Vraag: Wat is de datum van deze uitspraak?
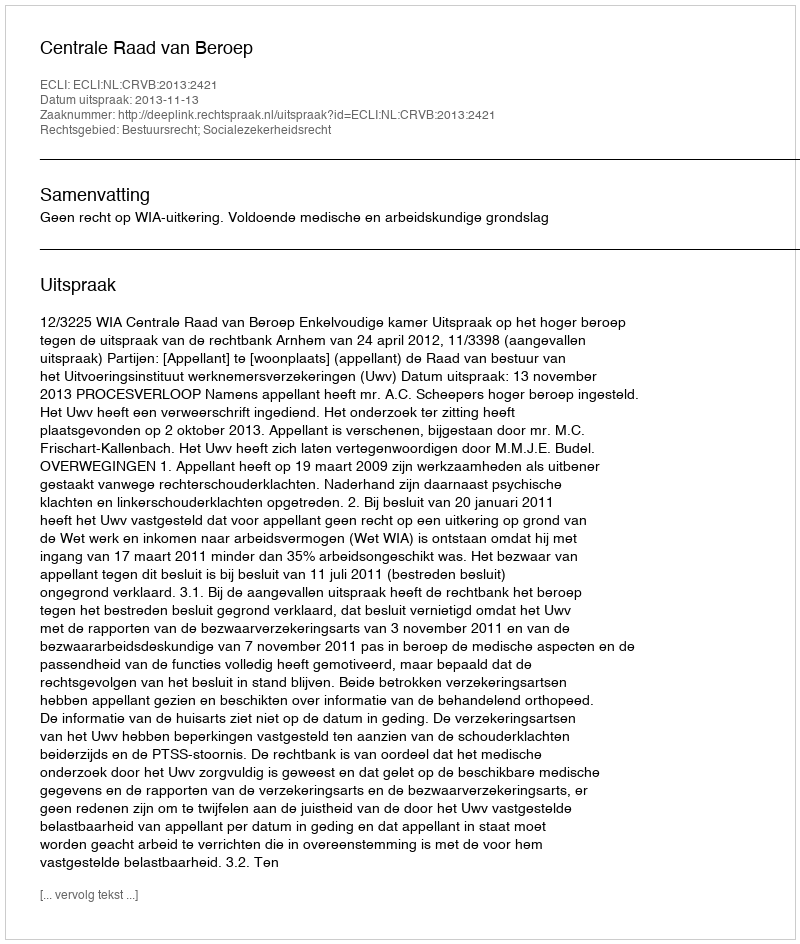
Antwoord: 2013-11-13